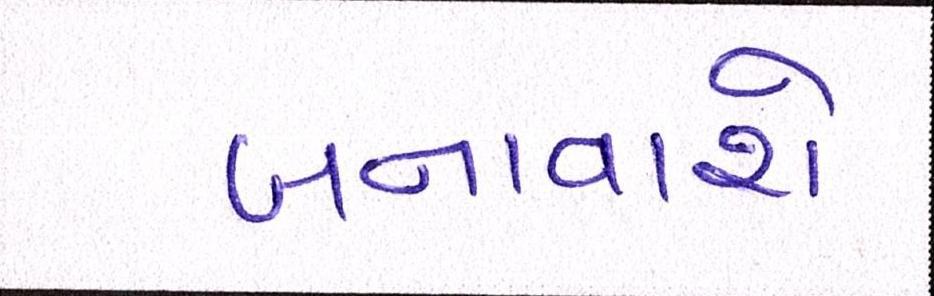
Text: બનાવાશે